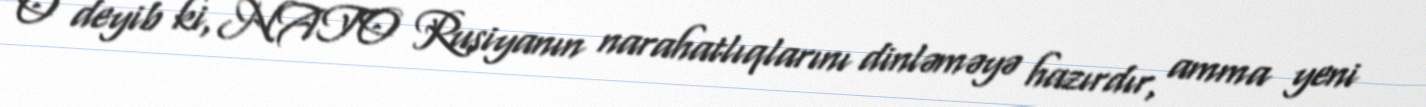
O deyib ki, NATO Rusiyanın narahatlıqlarını dinləməyə hazırdır, amma yeni